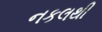
નકલથી